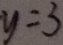
y = 3